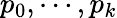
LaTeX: p_{0},\cdots,p_{k}